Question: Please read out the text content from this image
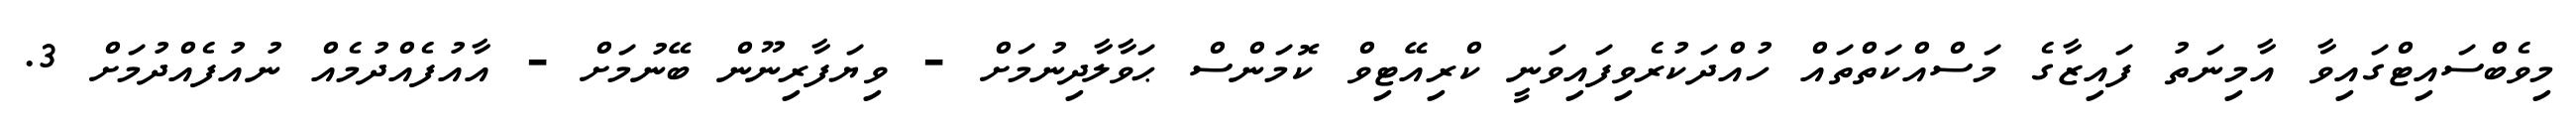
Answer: މިވެބްސައިޓްގައިވާ އާމިނަތު ފައިޒާގެ މަސްއްކަތްތައް ހުއްދަކުރެވިފައިވަނީ ކްރިއޭޓިވް ކޮމަންސް ޙަވާލާދިނުމަށް - ވިޔަފާރިނޫން ބޭނުމަށް - އާއުފެއްދުމެއް ނުއުފެއްދުމަށް 3.